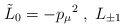
\begin{align*}\tilde{L}_0=-{p_{\mu}}^2\;,\;L_{\pm 1}\end{align*}